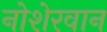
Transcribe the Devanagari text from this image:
नोशेरवान